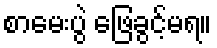
စာမေးပွဲ ဖြေခွင့်မရ။